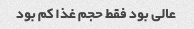
عالی بود فقط حجم غذا کم بود